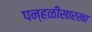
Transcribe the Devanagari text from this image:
पन्हळीसारखा